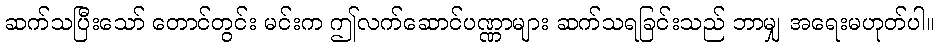
ဆက်သပြီးသော် တောင်တွင်း မင်းက ဤလက်ဆောင်ပဏ္ဏာများ ဆက်သရခြင်းသည် ဘာမျှ အရေးမဟုတ်ပါ။